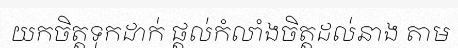
យកចិត្តទុកដាក់ ផ្តល់កំលាំងចិត្តដល់នាង តាម